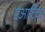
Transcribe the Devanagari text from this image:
एआर्टिक